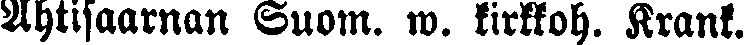
Ahtisaarnan Suom. w. kirkkoh. Krank.